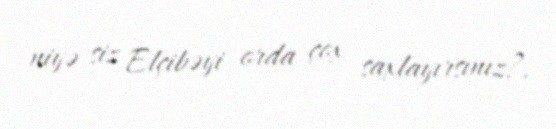
niyə siz Elçibəyi orda çox saxlayırsınız?.